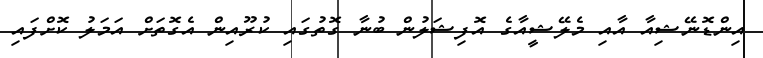
އިންޑޮނޭޝިއާ އާއި މެލޭޝީއާގެ އޮފިޝަލުން ބުނާ ގޮތުގައި ކުރޫއިން އެގޮތަށް އަމަލު ކޮށްފައި